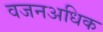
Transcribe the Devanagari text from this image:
वजनअधिक